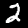
Digit: 2